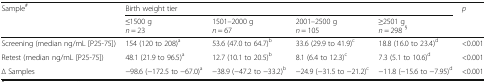
| <ROWSPAN=2> Sample# | <COLSPAN=4> Birth weight tier | <ROWSPAN=2> p |
 | ≤1500 gn = 23 | 1501–2000 gn = 67 | 2001–2500 gn = 105 | ≥2501 gn = 298 § |
 | --- | --- | --- | --- | --- | --- |
 | Screening (median ng/mL [P25-75]) | 154 (120 to 208)a | 53.6 (47.0 to 64.7)b | 33.6 (29.9 to 41.9)c | 18.8 (16.0 to 23.4)d | <0.001 |
 | Retest (median ng/mL [P25-75]) | 48.1 (21.9 to 96.5)a | 12.7 (10.1 to 20.5)b | 8.1 (6.4 to 12.3)c | 7.3 (5.1 to 10.6)d | <0.001 |
 | ∆ Samples | −98.6 (−172.5 to −67.0)a | −38.9 (−47.2 to −33.2)b | −24.9 (−31.5 to −21.2)c | −11.8 (−15.6 to −7.95)d | <0.001 |